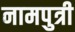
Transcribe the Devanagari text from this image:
नामपुत्री